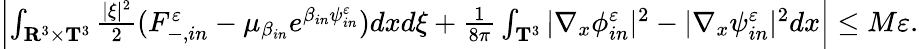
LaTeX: \begin{array}{r}{\left|\int_{\mathbf R^{3}\times\mathbf T^{3}}\frac{|\xi|^{2}}{2}(F_{-,in}^{\varepsilon}-\mu_{\beta_{in}}e^{\beta_{in}\psi_{in}^{\varepsilon}})dxd\xi+\frac{1}{8\pi}\int_{\mathbf T^{3}}|\nabla_{x}\phi_{in}^{\varepsilon}|^{2}-|\nabla_{x}\psi_{in}^{\varepsilon}|^{2}dx\right|\leq M\varepsilon.}\end{array}